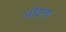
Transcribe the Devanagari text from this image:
मौद्गल्य